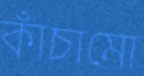
কাঁচামো